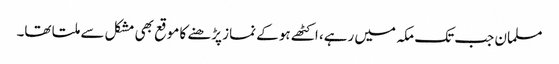
مسلمان جب تک مکہ میں رہے، اکٹھے ہو کے نماز پڑھنے کا موقع بھی مشکل سے ملتا تھا۔